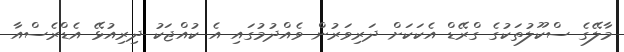
މާލޭގެ ސްކޫލުތަކުގެ ގްރޭޑް އެކަކަށް ދަރިވަރުން ވެއްދުމުގައި އެ ކުއްޖަކު ދިރިއުޅޭ އެޑްރެސްއާ